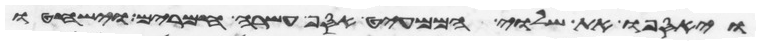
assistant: ויאספו את השלוי הממעיט אסף עשרה חמרים וישחטו